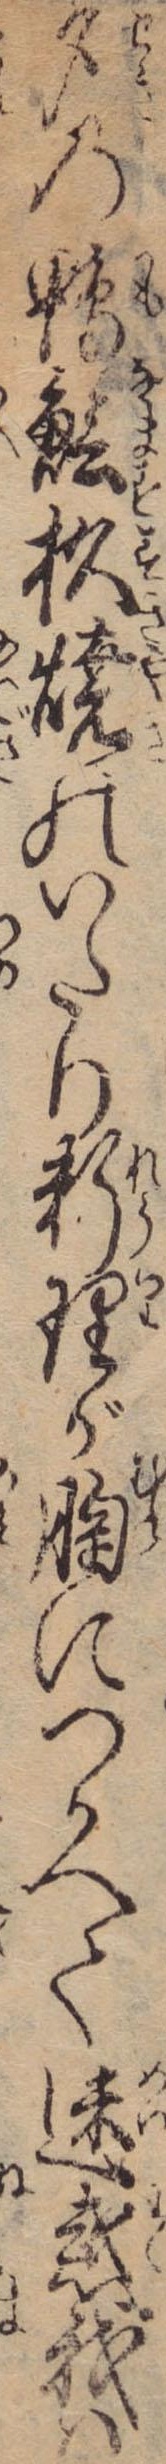
夕の鴨魼杉焼のいたり料理が胸につかへて迷惑我は